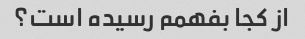
از کجا بفهمم رسیده است؟